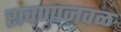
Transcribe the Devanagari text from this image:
रावणाजवळ